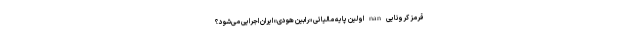
قرمز کرونایی nan اولین پایه مالیاتی «رابین هودی» ایران اجرایی می‌شود؟